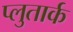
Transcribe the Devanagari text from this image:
प्लुतार्क